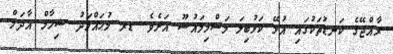
ރާއްޖޭގެ ކަނޑުތަކުގައި އުޅޭ ކަޅުބިލަ މަސްމިމައުޟޫ އަށެވެ. ޑރ މުޙައްމަދު ޝިހާމް އާދަމް